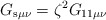
\begin{align*}G_{{\rm s}\mu\nu} = \zeta^2 G_{{\rm 11}\mu\nu} \end{align*}